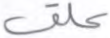
علق